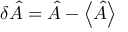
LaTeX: \delta { \hat { A } } = { \hat { A } } - \left\langle { \hat { A } } \right\rangle